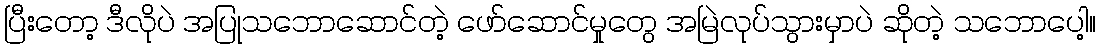
ပြီးတော့ ဒီလိုပဲ အပြုသဘောဆောင်တဲ့ ဖော်ဆောင်မှုတွေ အမြဲလုပ်သွားမှာပဲ ဆိုတဲ့ သဘောပေါ့။